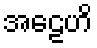
အဠေဟိ